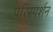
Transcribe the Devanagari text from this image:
परिस्‍पर्शन